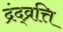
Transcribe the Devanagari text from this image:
द्रंद्व्रत्ति